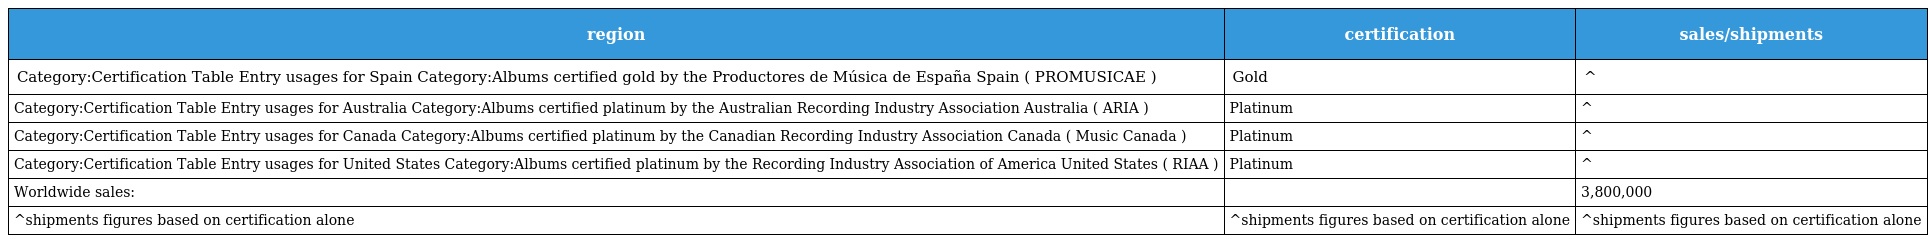
| region | certification | sales/shipments |
 | --- | --- | --- |
 | Category:Certification Table Entry usages for Spain Category:Albums certified gold by the Productores de Música de España Spain ( PROMUSICAE ) | Gold | ^ |
 | Category:Certification Table Entry usages for Australia Category:Albums certified platinum by the Australian Recording Industry Association Australia ( ARIA ) | Platinum | ^ |
 | Category:Certification Table Entry usages for Canada Category:Albums certified platinum by the Canadian Recording Industry Association Canada ( Music Canada ) | Platinum | ^ |
 | Category:Certification Table Entry usages for United States Category:Albums certified platinum by the Recording Industry Association of America United States ( RIAA ) | Platinum | ^ |
 | Worldwide sales: |  | 3,800,000 |
 | ^shipments figures based on certification alone | ^shipments figures based on certification alone | ^shipments figures based on certification alone |